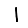
Digit: 1